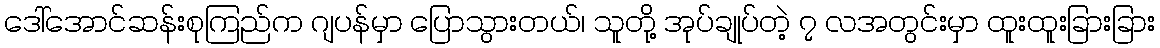
ဒေါ်အောင်ဆန်းစုကြည်က ဂျပန်မှာ ပြောသွားတယ်၊ သူတို့ အုပ်ချုပ်တဲ့ ၇ လအတွင်းမှာ ထူးထူးခြားခြား